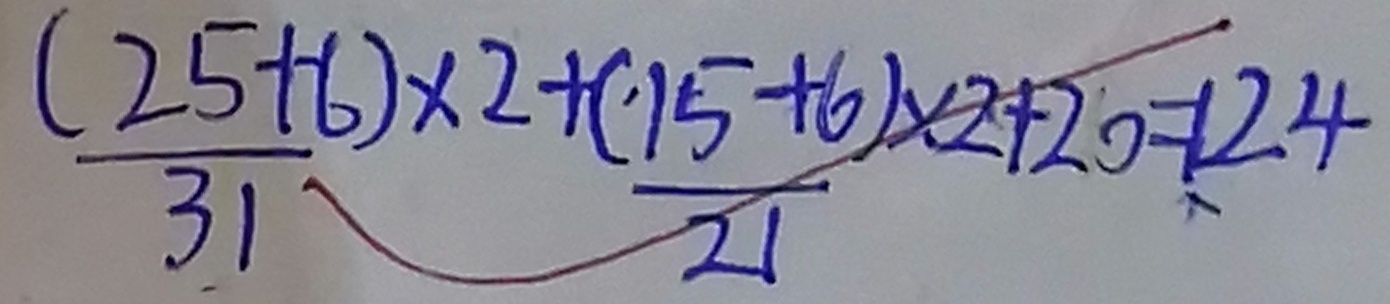
\frac { ( 2 5 + 6 ) } { 3 1 } \times 2 + \frac { ( 1 5 + 6 ) } { 2 1 } \times 2 + 2 0 = 1 2 4